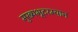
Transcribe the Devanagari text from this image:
मुख्यभूदरम्यान